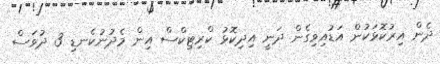
ދެން އިރުކޮޅަކުން އަޑުއިވިގެން ދަނީ އިދިކޮޅު ކްރިޓިކްސް އިން މެދުނުކެނޑި 3 ދުވަސް